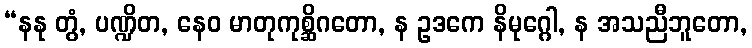
“နနု တွံ, ပဏ္ဍိတ, နေဝ မာတုကုစ္ဆိဂတော, န ဥဒကေ နိမုဂ္ဂေါ, န အသညီဘူတော,